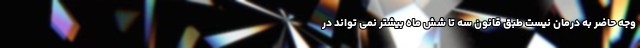
وجه حاضر به درمان نیست طبق قانون سه تا شش ماه بیشتر نمی تواند در